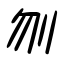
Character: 刎